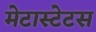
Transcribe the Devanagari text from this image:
मेटास्टेटस